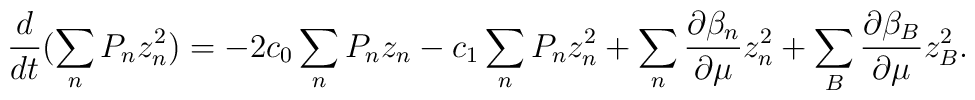
\frac{d}{dt}(\sum_nP_n z^2_n) = -2 c_0 \sum_n P_n z_n - c_1 \sum_nP_nz^2_n  + \sum_n \frac{\partial \beta_n}{\partial \mu}z_n^2  + \sum_B\frac{\partial \beta_B}{\partial \mu} z_B^2.